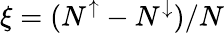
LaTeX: \xi=(N^{\uparrow}-N^{\downarrow})/N